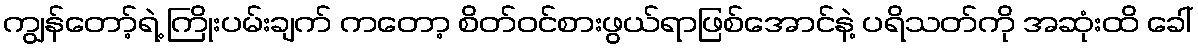
ကျွန်တော့်ရဲ့ ကြိုးပမ်းချက် ကတော့ စိတ်ဝင်စားဖွယ်ရာဖြစ်အောင်နဲ့ ပရိသတ်ကို အဆုံးထိ ခေါ်